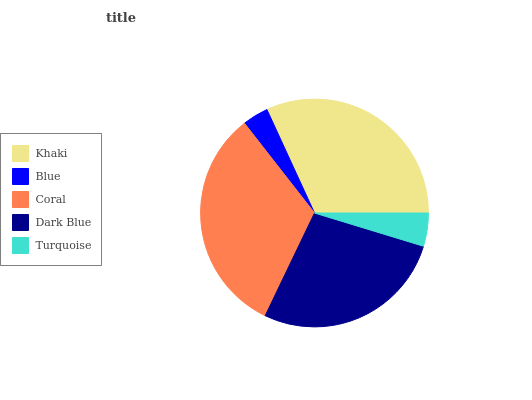
| Khaki | Blue | Coral | Dark Blue | Turquoise |
 | --- | --- | --- | --- | --- |
 | 31.9% | 3.7% | 32.3% | 27.4% | 4.71% |